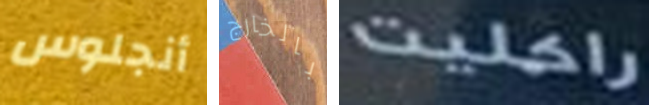
أنجلوس بالخارج راكليت